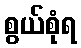
စွယ်စုံရ